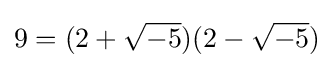
9=(2+{\sqrt {-5}})(2-{\sqrt {-5}})